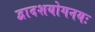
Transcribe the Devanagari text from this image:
द्वादशयोगनयः